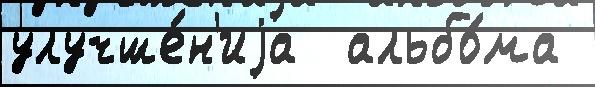
улучше́н'иjа  альбо́ма